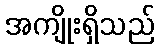
အကျိုးရှိသည်